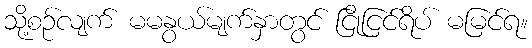
သို့စဉ်လျက် မမနွယ်မျက်နှာတွင် ငြိုငြင်ရိပ် မမြင်ရ။